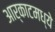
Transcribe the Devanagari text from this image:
आर्काटमध्ये